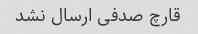
قارچ صدفی ارسال نشد